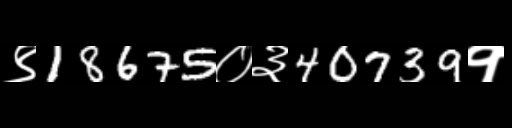
Text: ९18675०३40739१